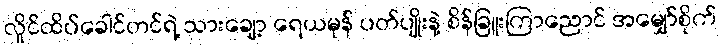
လှိုင်ထိပ်ခေါင်တင်ရဲ့ သားချော့ ရေယမုန် ပတ်ပျိုးနဲ့ စိန်ခြူးကြာညောင် အမျှော်စိုက်